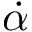
\dot { \alpha }